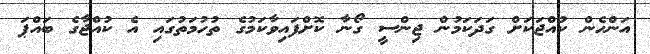
އަންހެން ކުއްޖަކަށް ގަދަކަމުން ޖިންސީ ގޯނާ ކޮށްފައިވާކަމުގެ ތުހުމަތުގައި އެ ކުއްޖާގެ ބައްޕަ